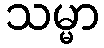
သမ္မာ